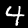
Label: 4